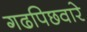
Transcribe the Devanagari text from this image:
गढपिछवारे